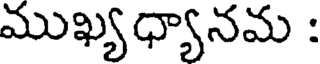
ముఖ్యధ్యానమ :